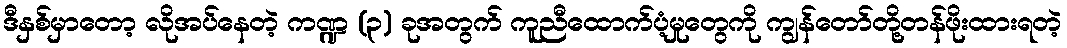
ဒီနှစ်မှာတော့ လိုအပ်နေတဲ့ ကဏ္ဍ (၃) ခုအတွက် ကူညီထောက်ပံ့မှုတွေကို ကျွန်တော်တို့တန်ဖိုးထားရတဲ့